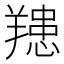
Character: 䍺